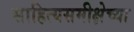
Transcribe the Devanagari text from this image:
साहित्यसमीक्षेच्या